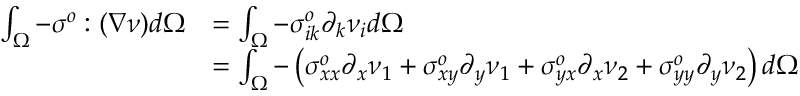
\begin{array} { r l } { \int _ { \Omega } - \boldsymbol { \sigma ^ { o } } : ( \nabla \boldsymbol { \nu } ) d \Omega } & { = \int _ { \Omega } - \sigma _ { i k } ^ { o } \partial _ { k } \nu _ { i } d \Omega } \\ & { = \int _ { \Omega } - \left( \sigma _ { x x } ^ { o } \partial _ { x } \nu _ { 1 } + \sigma _ { x y } ^ { o } \partial _ { y } \nu _ { 1 } + \sigma _ { y x } ^ { o } \partial _ { x } \nu _ { 2 } + \sigma _ { y y } ^ { o } \partial _ { y } \nu _ { 2 } \right) d \Omega } \end{array}